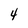
Character: 4